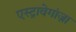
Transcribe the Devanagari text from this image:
एस्ट्रावेगांज़ा